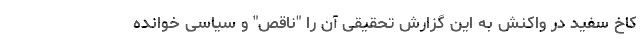
کاخ سفید در واکنش به این گزارش تحقیقی آن را "ناقص" و سیاسی خوانده